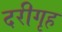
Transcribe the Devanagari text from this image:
दरीगृह